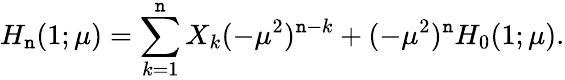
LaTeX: H_{\mathtt{n}}(1;\mu)=\sum_{k=1}^{\mathtt{n}}X_{k}(-\mu^{2})^{\mathtt{n}-k}+(-\mu^{2})^{\mathtt{n}}H_{0}(1;\mu).